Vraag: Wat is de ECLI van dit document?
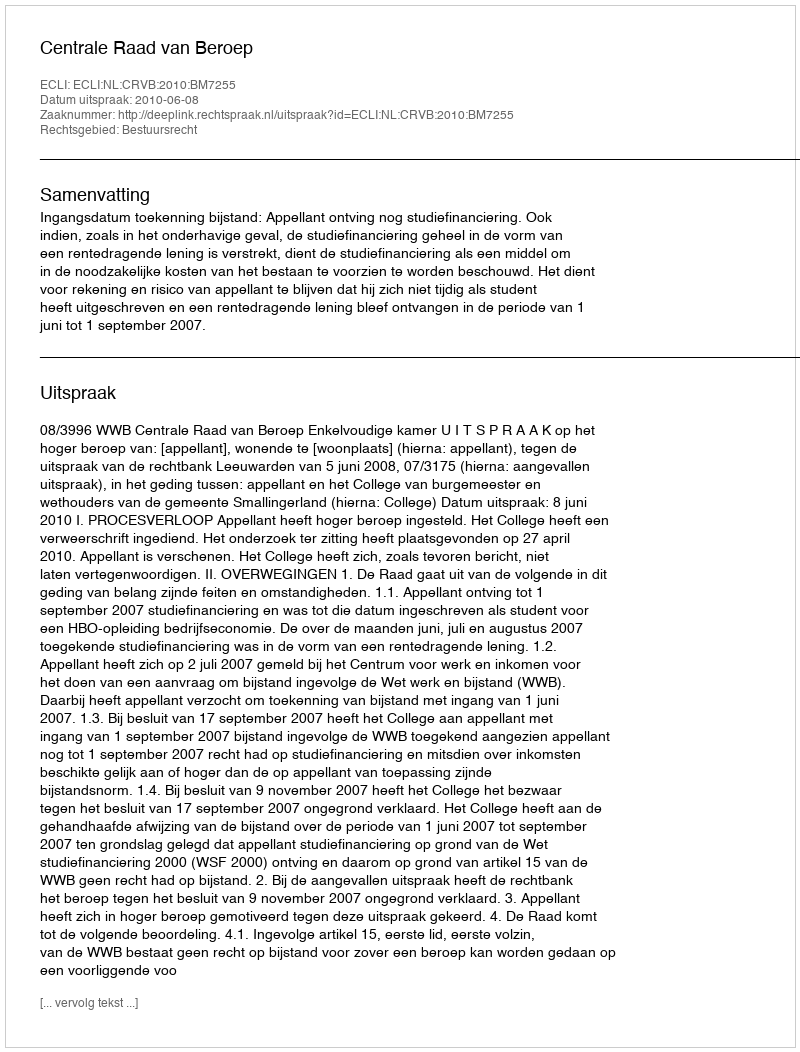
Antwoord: ECLI:NL:CRVB:2010:BM7255